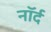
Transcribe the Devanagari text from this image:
नॉर्द